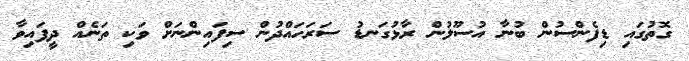
ގޮތުގައި ޑިފެންސުން ބުނާ އުސޫލުން ރާޅުގަނޑު ސަރަހައްދުން ސިފައިންނަށް ވަކި ތަނެއް ދީފައިވާ